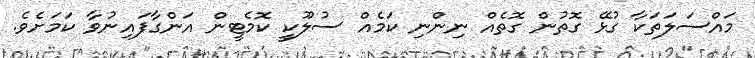
މައްސަލަތަކާ ގުޅޭ ގޮތުން ގޮތެއް ނިންނި ކަމެއް ސުލޫކީ ކޮމެޓީން އަންގާފައިނުވާ ކަމަށެވެ.